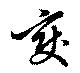
変